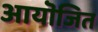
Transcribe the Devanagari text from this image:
आयॊजित